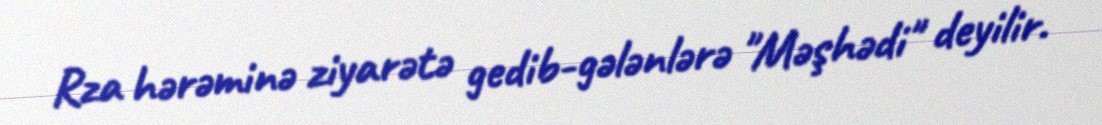
Rza hərəminə ziyarətə gedib-gələnlərə "Məşhədi" deyilir.